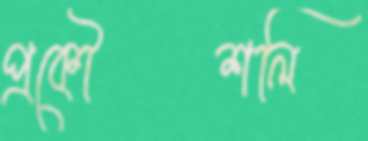
প্রকৌশলি